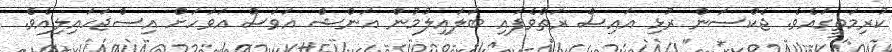
ކުރިމަތީގައެވެ. ޖެކްސަން ރުޅި އައިސް ރަތްވެފައި ބަލައިލުމުން އަންޝް އަވަސް އަވަހަށް އިސްޖަހައިލިއެވެ.